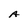
Character: A